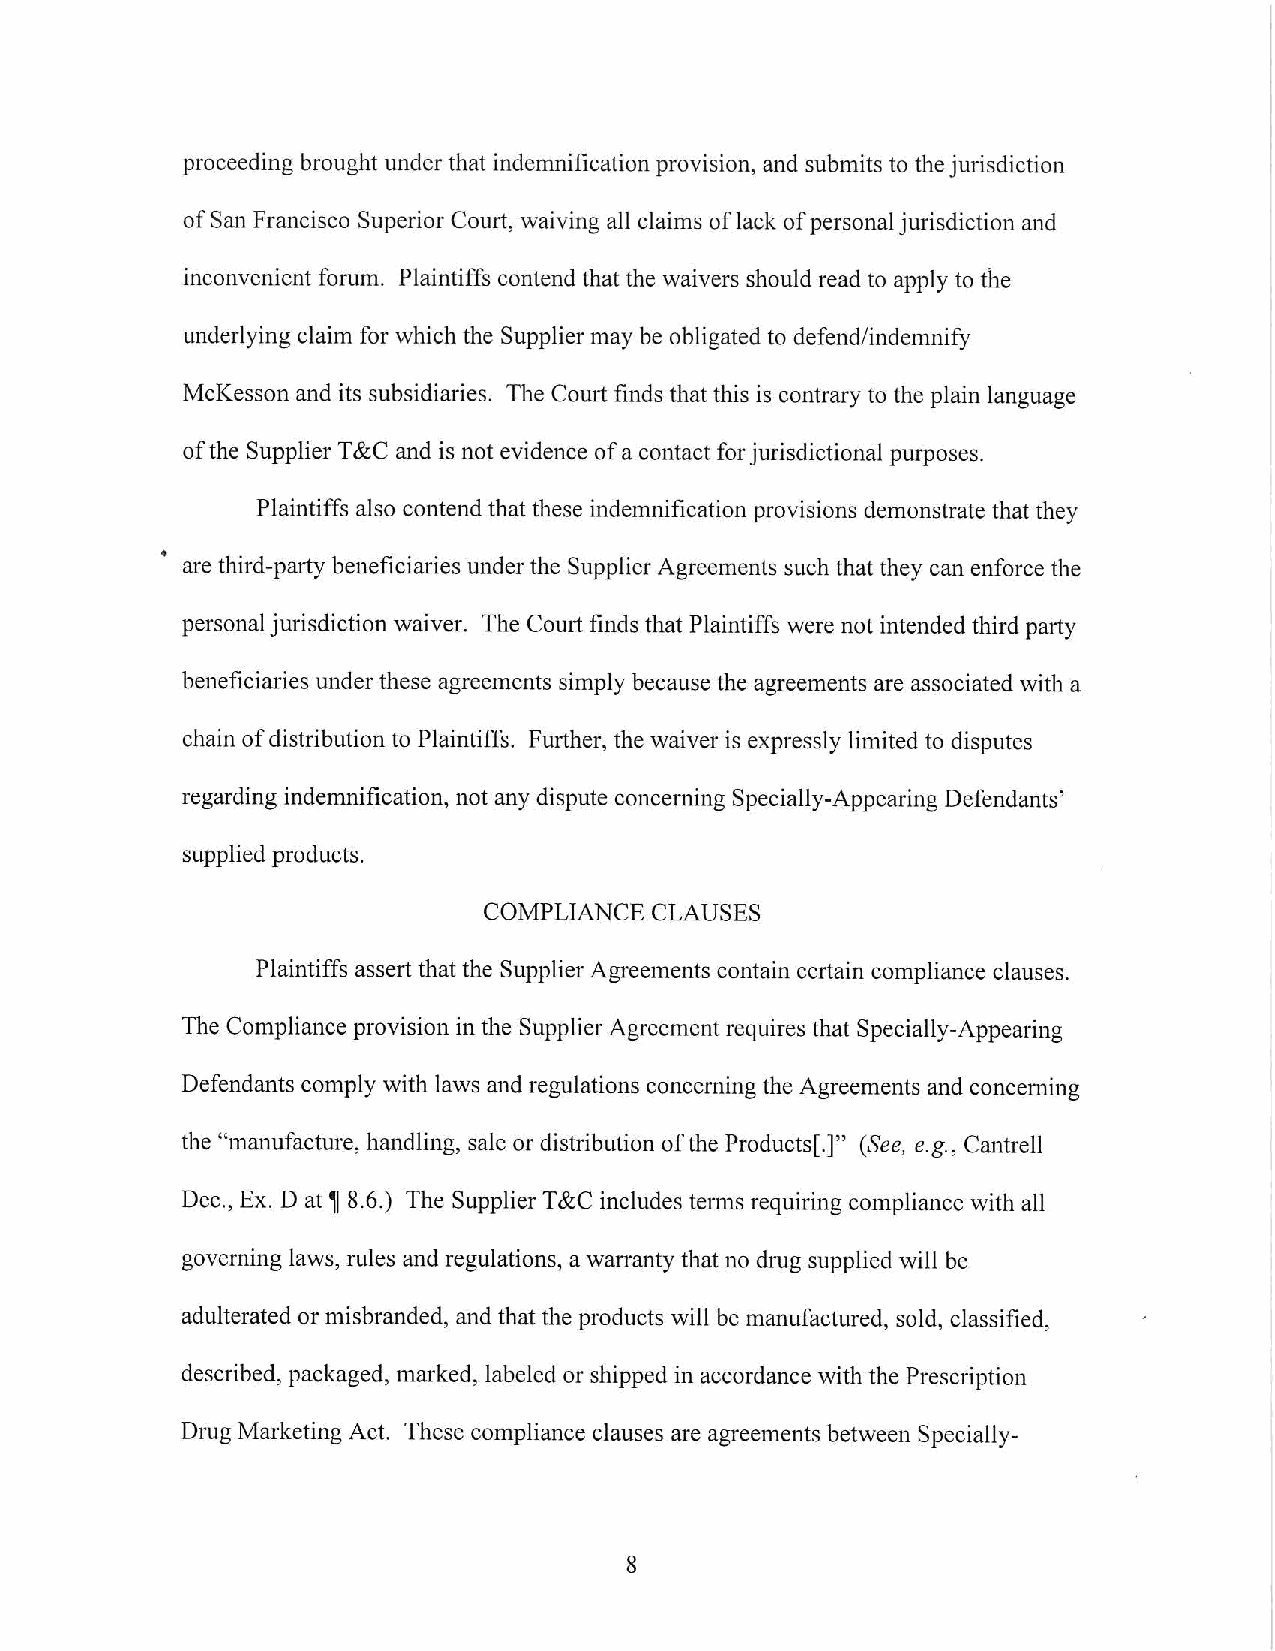
proceeding brought under that indemnification provision, and submits to the jurisdiction
 of San Francisco Superior Court, waiving all claims of lack of personal jurisdiction and
 inconvenient forum. Plaintiffs contend that the waivers should read to apply to the
 underlying claim for which the Supplier may be obligated to defend/indemnify
 McKesson and its subsidiaries. The Court finds that this is contrary to the plain language
 of the Supplier T &C and is not evidence of a contact for jurisdictional purposes.
 Plaintiffs also contend that these indemnification provisions demonstrate that they
 are third-pm1y beneficiaries under the Supplier Agreements such that they can enforce the
 personal jurisdiction waiver. The Court finds that Plaintiffs were not intended third pai1y
 beneficiaries under these agreements simply because the agreements are associated with a
 chain of distribution to Plaintiffs. Further, the waiver is expressly limited to disputes
 regarding indemnification, not any dispute concerning Specially-Appearing Defendants'
 supplied products.
 COMPLIANCE CLAUSES
 Plaintiffs assert that the Supplier Agreements contain certain compliance clauses.
 The Compliance provision in the Supplier Agreement requires that Specially-Appearing
 Defendants comply with laws and regulations concerning the Agreements and concerning
 the "manufacture, handling, sale or distribution of the Products[.)" (See, e.g., Cantrell
 Dec., Ex. D at~ 8.6.) The Supplier T&C includes terms requiring compliance with all
 governing laws, rules and regulations, a warranty that no drug supplied will be
 adulterated or misbranded, ai1d that the products will be manufactured, sold, classified,
 described, packaged, marked, labeled or shipped in accordance with the Prescription
 Drug Marketing Act. These compliance clauses are agreements between Specially-
 8